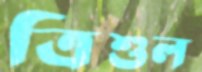
ত্রিশূল